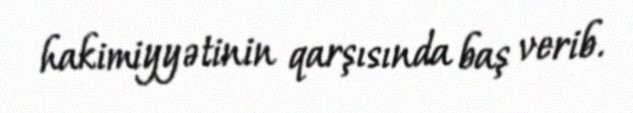
hakimiyyətinin qarşısında baş verib.